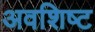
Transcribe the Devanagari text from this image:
अवशिष्‍ट